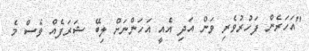
"އަހަރެން ފަހުރުވެރި ވަން އަދި އެއީ އަހަންނަށް ލިބޭ ޝަރަފެއް ވެސް މެ